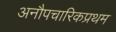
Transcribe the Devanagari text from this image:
अनौपचारिकप्रथम